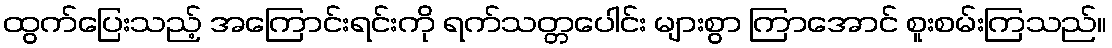
ထွက်ပြေးသည့် အကြောင်းရင်းကို ရက်သတ္တပေါင်း များစွာ ကြာအောင် စူးစမ်းကြသည်။